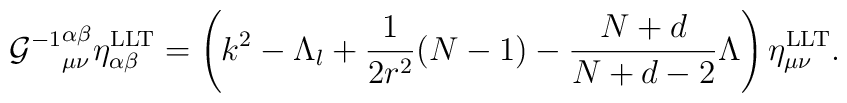
{{\cal G}^{-1}}^{\alpha\beta}_{\mu\nu}\eta^{\rm LLT}_{\alpha\beta}=\left(k^{2}-\Lambda_{l}+\frac{1}{2r^{2}}(N-1)-\frac{N+d}{N+d-2}\Lambda\right)\eta^{\rm LLT}_{\mu\nu}.